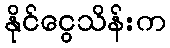
နိုင်ငွေသိန်းက